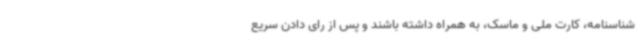
شناسنامه، کارت ملی و ماسک، به همراه داشته باشند و پس از رای دادن سریع